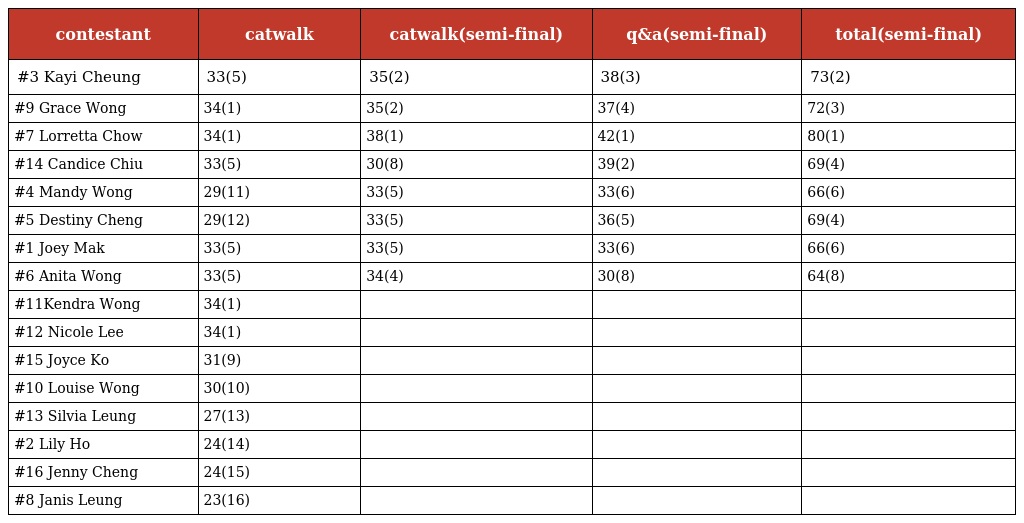
| contestant | catwalk | catwalk(semi-final) | q&a(semi-final) | total(semi-final) |
 | --- | --- | --- | --- | --- |
 | #3 Kayi Cheung | 33(5) | 35(2) | 38(3) | 73(2) |
 | #9 Grace Wong | 34(1) | 35(2) | 37(4) | 72(3) |
 | #7 Lorretta Chow | 34(1) | 38(1) | 42(1) | 80(1) |
 | #14 Candice Chiu | 33(5) | 30(8) | 39(2) | 69(4) |
 | #4 Mandy Wong | 29(11) | 33(5) | 33(6) | 66(6) |
 | #5 Destiny Cheng | 29(12) | 33(5) | 36(5) | 69(4) |
 | #1 Joey Mak | 33(5) | 33(5) | 33(6) | 66(6) |
 | #6 Anita Wong | 33(5) | 34(4) | 30(8) | 64(8) |
 | #11Kendra Wong | 34(1) |  |  |  |
 | #12 Nicole Lee | 34(1) |  |  |  |
 | #15 Joyce Ko | 31(9) |  |  |  |
 | #10 Louise Wong | 30(10) |  |  |  |
 | #13 Silvia Leung | 27(13) |  |  |  |
 | #2 Lily Ho | 24(14) |  |  |  |
 | #16 Jenny Cheng | 24(15) |  |  |  |
 | #8 Janis Leung | 23(16) |  |  |  |